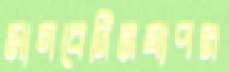
মাগবেদিনযাপন